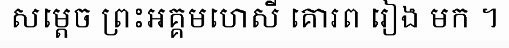
សម្តេច ព្រះអគ្គមហេសី គោរព រៀង មក ។